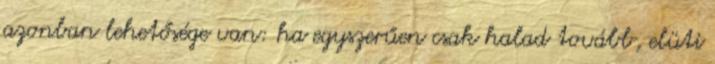
azonban lehetősége van: ha egyszerűen csak halad tovább, elüti